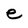
Character: e